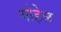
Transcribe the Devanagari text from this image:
गोहेळ